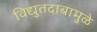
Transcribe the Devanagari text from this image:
विद्युतदाबामुळे